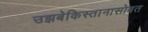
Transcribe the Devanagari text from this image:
उझबेकिस्तानासोबत